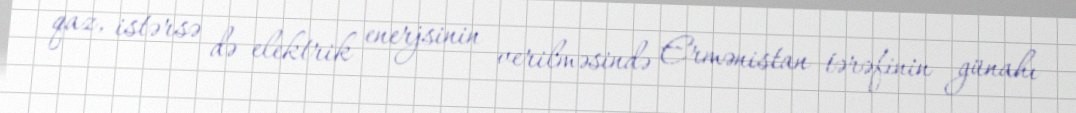
qaz, istərsə də elektrik enerjsinin verilməsində Ermənistan tərəfinin günahı